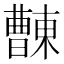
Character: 𣍖